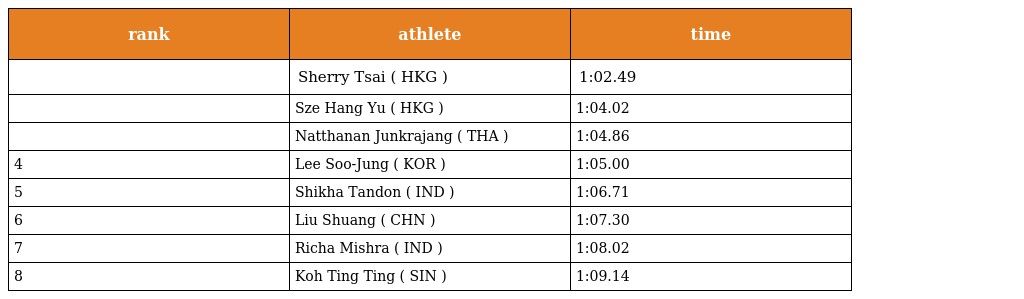
| rank | athlete | time |
 | --- | --- | --- |
 |  | Sherry Tsai ( HKG ) | 1:02.49 |
 |  | Sze Hang Yu ( HKG ) | 1:04.02 |
 |  | Natthanan Junkrajang ( THA ) | 1:04.86 |
 | 4 | Lee Soo-Jung ( KOR ) | 1:05.00 |
 | 5 | Shikha Tandon ( IND ) | 1:06.71 |
 | 6 | Liu Shuang ( CHN ) | 1:07.30 |
 | 7 | Richa Mishra ( IND ) | 1:08.02 |
 | 8 | Koh Ting Ting ( SIN ) | 1:09.14 |